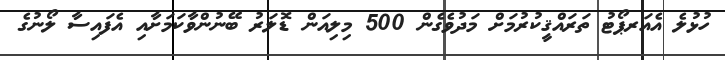
ހުޅުލެ އެއަރޕޯޓު ތަރައްޤީކުރުމަށް މަދުވެގެން 500 މިލިއަން ޑޮލަރު ބޭނުންވާކަމަށާއި އެފައިސާ ލޯނުގެ